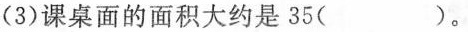
(3)课桌面的面积大约是35( )。